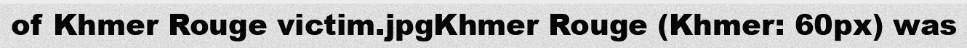
of Khmer Rouge victim.jpgKhmer Rouge (Khmer: 60px) was